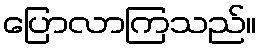
ပြောလာကြသည်။